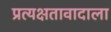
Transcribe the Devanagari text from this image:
प्रत्यक्षतावादाला